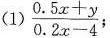
(1) $$\frac { 0 . 5 x + y } { 0. 2 x - 4 }$$；